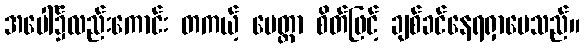
အပေါ်၌လည်းကောင်း တကယ့် မေတ္တာ စိတ်ဖြင့် ချစ်ခင်နေရရှာပေသည်။